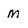
Character: M